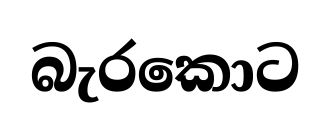
බැරකොට